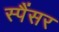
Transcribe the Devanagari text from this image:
स्पैंसर